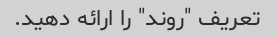
تعریف "روند" را ارائه دهید.